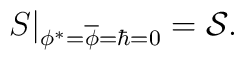
\left.S\right|_{\phi^\ast=\overline{\phi}=\hbar=0}={\cal S}.